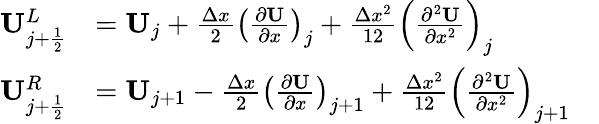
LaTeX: \begin{array}{rl}{\mathbf{U}_{j+\frac{1}{2}}^{L}}&{=\mathbf{{U}}_{j}+\frac{\Delta x}{2}\left(\frac{\partial\mathbf{U}}{\partial x}\right)_{j}+\frac{\Delta x^{2}}{12}\left(\frac{\partial^{2}\mathbf{U}}{\partial x^{2}}\right)_{j}}\\ {\mathbf{U}_{j+\frac{1}{2}}^{R}}&{=\mathbf{{U}}_{j+1}-\frac{\Delta x}{2}\left(\frac{\partial\mathbf{U}}{\partial x}\right)_{j+1}+\frac{\Delta x^{2}}{12}\left(\frac{\partial^{2}\mathbf{U}}{\partial x^{2}}\right)_{j+1}\quad}\end{array}